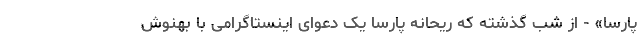
پارسا» - از شب گذشته که ریحانه پارسا یک دعوای اینستاگرامی با بهنوش